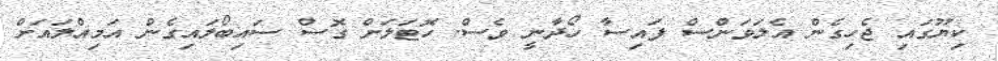
ކިޔޫގައި ޖެހިގެން އެލަވަންސް ފައިސާ ހޯދާނީ ވެސް. ހޮޓަލަށް ގޮސް ސައިބޯލައިގެން އަމިއްލައަށް